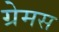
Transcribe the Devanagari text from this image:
ग्रेमस